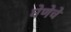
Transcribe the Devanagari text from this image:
घेणेचे